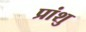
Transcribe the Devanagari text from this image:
प्रांशु